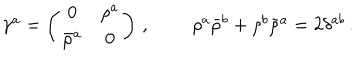
\begin{array} { c c } { { \gamma ^ { a } = \left( \begin{array} { c c } { { 0 } } & { { \rho ^ { a } } } \\ { { \bar { \rho } ^ { a } } } & { { 0 } } \\ \end{array} \right) \, , } } & { { ~ ~ \rho ^ { a } \bar { \rho } ^ { b } + \rho ^ { b } \bar { \rho } ^ { a } = 2 \delta ^ { a b } \, . } } \\ \end{array}